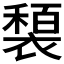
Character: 𫌍